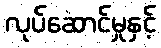
လုပ်ဆောင်မှုနှင့်